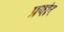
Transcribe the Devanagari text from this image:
प्रयोर